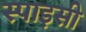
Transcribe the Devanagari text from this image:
स्‍पाइसी